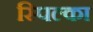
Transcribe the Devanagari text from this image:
स्पिल्का